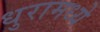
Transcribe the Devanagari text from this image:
धुरामध्ये